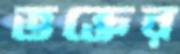
ভক্তের